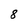
Character: 8